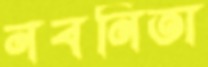
নবনিতা